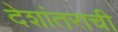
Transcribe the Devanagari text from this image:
देशांतराची